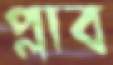
প্লাব